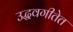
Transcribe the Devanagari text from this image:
उद्धवगीतेत